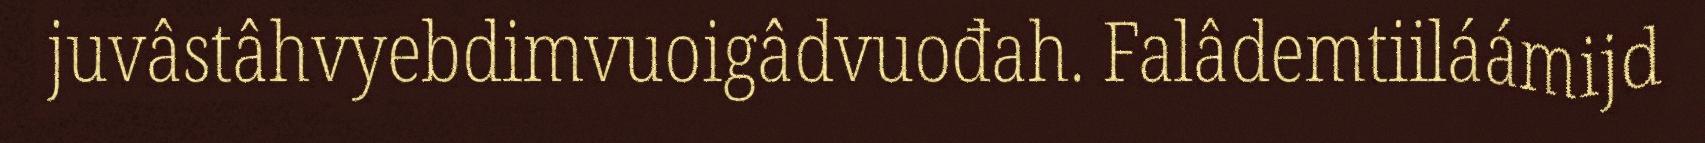
juvâstâhvyebdimvuoigâdvuođah. Falâdemtiiláámijd